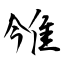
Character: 雂